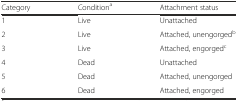
<table><thead><tr><td><b>Category</b></td><td><b>Condition<sup>a</sup></b></td><td><b>Attachment status</b></td></tr></thead><tbody><tr><td>1</td><td>Live</td><td>Unattached</td></tr><tr><td>2</td><td>Live</td><td>Attached, unengorged<sup>b</sup></td></tr><tr><td>3</td><td>Live</td><td>Attached, engorged<sup>c</sup></td></tr><tr><td>4</td><td>Dead</td><td>Unattached</td></tr><tr><td>5</td><td>Dead</td><td>Attached, unengorged</td></tr><tr><td>6</td><td>Dead</td><td>Attached, engorged</td></tr></tbody></table>